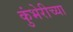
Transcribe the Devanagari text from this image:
कुंभेरीच्या